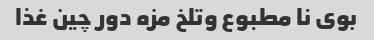
بوی ‌نا مطبوع و‌تلخ مزه دور چین غذا